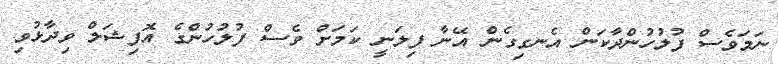
ނަމަވެސް ފުލުހުންދާކަން އެނގިގެން އޭނާ ފިލަނީ ކަމަށް ވެސް ފުލުހުންގެ އޮފިޝަލް ވިދާޅުވި